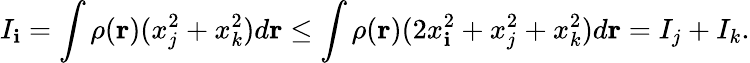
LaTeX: I_{\mathbf{i}}=\int\rho({\mathbf{r}})(x_{j}^{2}+x_{k}^{2})d{\mathbf{r}}\leq\int\rho({\mathbf{r}})(2x_{\mathbf{i}}^{2}+x_{j}^{2}+x_{k}^{2})d{\mathbf{r}}=I_{j}+I_{k}.